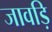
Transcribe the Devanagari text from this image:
जावड़ि